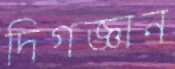
দিগজ্ঞান